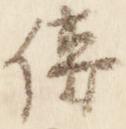
伝